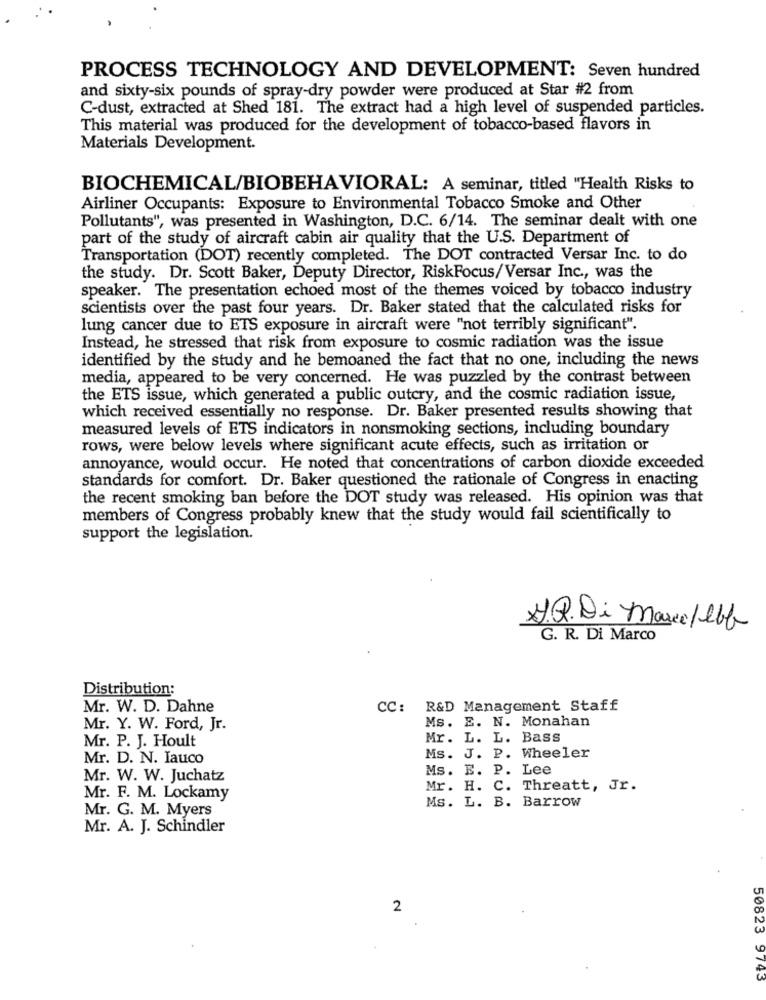
PROCESS TECHNOLOGY AND DEVELOPMENT: Seven hundred
and sixty-six pounds of spray-dry powder were produced at Star #2 from
C-dust, extracted at Shed 181. The extract had a high level of suspended particles.
This material was produced for the development of tobacco-based flavors in
Materials Development.
BIOCHEMICAL/BIOBEHAVIORAL: A seminar, titled "Health Risks to
Airliner Occupants: Exposure to Environmental Tobacco Smoke and Other
Pollutants", was presented in Washington, D.C. 6/14. The seminar dealt with one
part of the study of aircraft cabin air quality that the U.S. Department of
Transportation (DOT) recently completed. The DOT contracted Versar Inc. to do
the study. Dr. Scott Baker, Deputy Director, RiskFocus/Versar Inc ., was the
speaker. The presentation echoed most of the themes voiced by tobacco industry
scientists over the past four years. Dr. Baker stated that the calculated risks for
lung cancer due to ETS exposure in aircraft were "not terribly significant".
Instead, he stressed that risk from exposure to cosmic radiation was the issue
identified by the study and he bemoaned the fact that no one, including the news
media, appeared to be very concerned. He was puzzled by the contrast between
the ETS issue, which generated a public outcry, and the cosmic radiation issue,
which received essentially no response. Dr. Baker presented results showing that
measured levels of ETS indicators in nonsmoking sections, including boundary
rows, were below levels where significant acute effects, such as irritation or
annoyance, would occur. He noted that concentrations of carbon dioxide exceeded
standards for comfort. Dr. Baker questioned the rationale of Congress in enacting
the recent smoking ban before the DOT study was released. His opinion was that
members of Congress probably knew that the study would fail scientifically to
support the legislation.
A.R.Di Marcellbb
G. R. Di Marco
Distribution:
Mr. W. D. Dahne
CC:
R&D Management Staff
Ms. E. N. Monahan
Mr. Y. W. Ford, Jr.
Mr. P. J. Hoult
Mr. L. L. Bass
Mr. D. N. Iauco
Ms. J. P. Wheeler
Ms. E. P. Lee
Mr. W. W. Juchatz
Mr. H. C. Threatt, Jr.
Mr. F. M. Lockamy
Ms. L. B. Barrow
Mr. G. M. Myers
Mr. A. J. Schindler
2
50823 9743